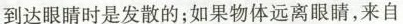
到达眼睛时是发散的；如果物体远离眼睛，来自